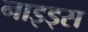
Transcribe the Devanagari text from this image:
नाइड्स